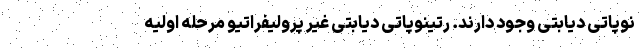
نوپاتی دیابتی وجود دارند. رتینوپاتی دیابتی غیر پرولیفراتیو مرحله اولیه